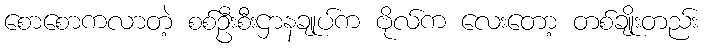
စောစောကလာတဲ့ စစ်ဦးစီးဌာနချုပ်က ဗိုလ်က လေးတော့ တစ်ချိုးတည်း